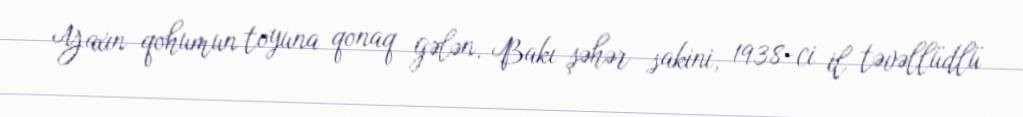
Yaxın qohumun toyuna qonaq gələn, Bakı şəhər sakini, 1938-ci il təvəllüdlü